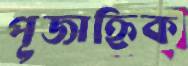
পূজাহ্নিক